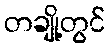
တချို့တွင်